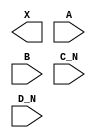
module sky130_fd_sc_hs__or4bb (
    X  ,
    A  ,
    B  ,
    C_N,
    D_N
);

    output X  ;
    input  A  ;
    input  B  ;
    input  C_N;
    input  D_N;

    // Voltage supply signals
    supply1 VPWR;
    supply0 VGND;

endmodule